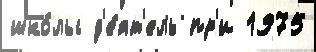
шко́лы д'е́ят'ель пр'и 1975